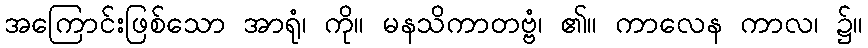
အကြောင်းဖြစ်သော အာရုံ၊ ကို။ မနသိကာတဗ္ဗံ၊ ၏။ ကာလေန ကာလ၊ ၌။